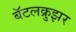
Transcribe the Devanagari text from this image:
बॅटलक्रुझर